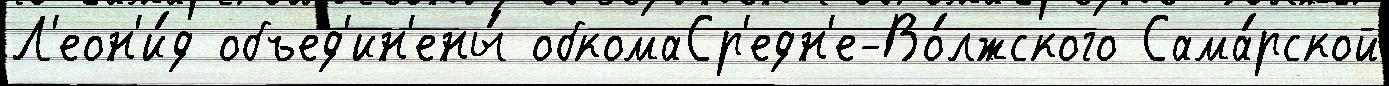
Л'еон'и́д объед'ин'ены́ обкомаСр'едн'е-Во́лжского Сама́рской